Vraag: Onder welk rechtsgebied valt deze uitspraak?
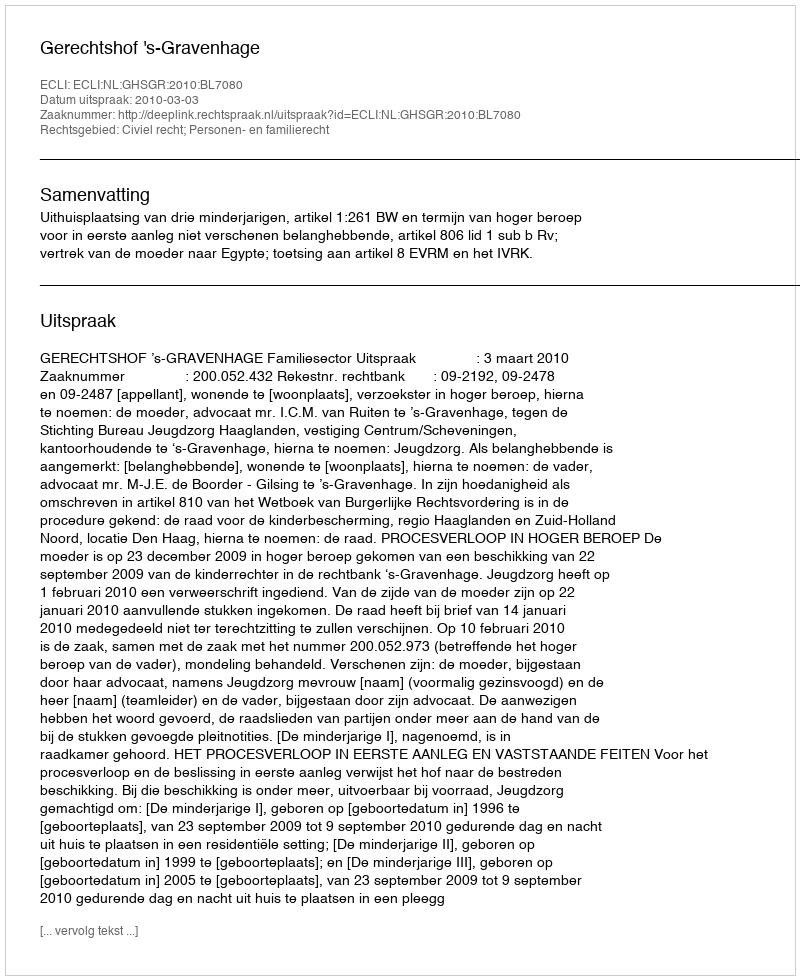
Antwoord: Civiel recht; Personen- en familierecht